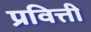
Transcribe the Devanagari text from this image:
प्रवित्ती